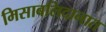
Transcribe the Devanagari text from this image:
मिसाबलिदानात